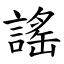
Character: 謠